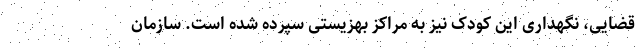
قضایی، نگهداری این کودک نیز به مراکز بهزیستی سپرده شده است. سازمان